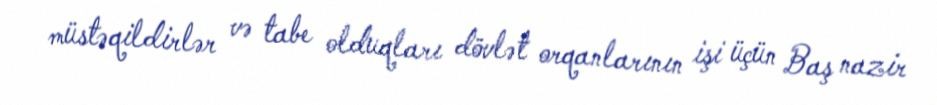
müstəqildirlər və tabe olduqları dövlət orqanlarının işi üçün Baş nazir